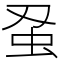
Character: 𮓵